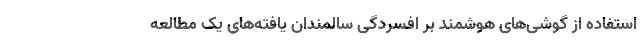
استفاده از گوشی‌های هوشمند بر افسردگی سالمندان یافته‌های یک مطالعه